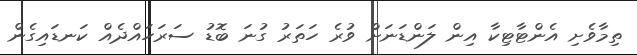
ތިމާވެށި އެންޓާޓިކާ އިން ލަންޑަނަށް ވުރެ ހަތަރު ގުނަ ބޮޑު ސަރަހައްދެއް ކަނޑައިގެން